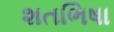
શતભિષા